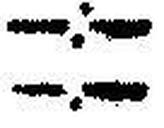
—.—